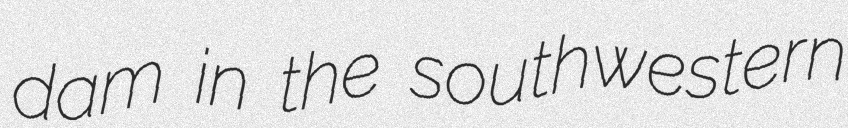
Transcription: dam in the southwestern